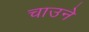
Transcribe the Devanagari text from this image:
चाउने